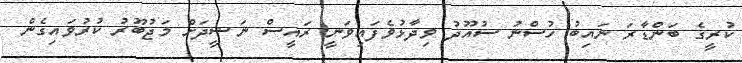
ކުރީގެ ބަންޑާރަ ނައިބު ހުސްނު ސުއޫދު ވިދާޅުވެފައިވަނީ ރައީސް ނަޝީދަށް މަޖުބޫރު ކުރުވައިގެން